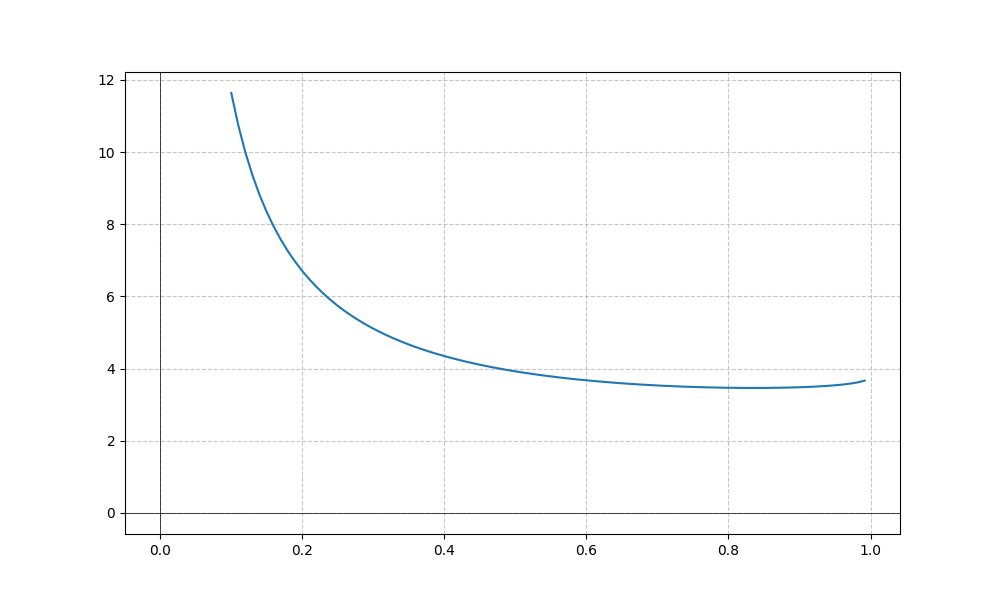
LaTeX formula: \cot{\left(x \right)} + \operatorname{acos}{\left(- x \right)}